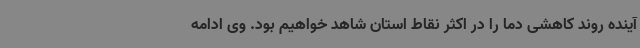
آینده روند کاهشی دما را در اکثر نقاط استان شاهد خواهیم بود. وی ادامه